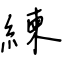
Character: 練